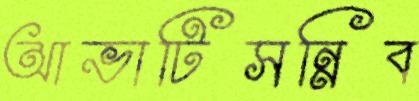
আভাটিসন্নিব